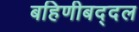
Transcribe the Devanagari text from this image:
बहिणीबद्दल